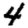
Digit: 4